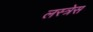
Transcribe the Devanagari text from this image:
लस्त्रेस